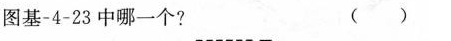
图基-4-23中哪一个? ( )